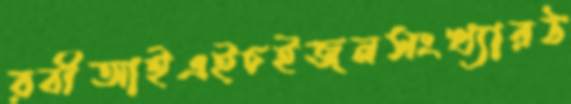
রবীআইএইচইজনসংখ্যারঠ